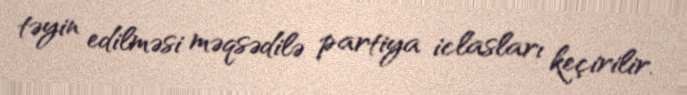
təyin edilməsi məqsədilə partiya iclasları keçirilir.